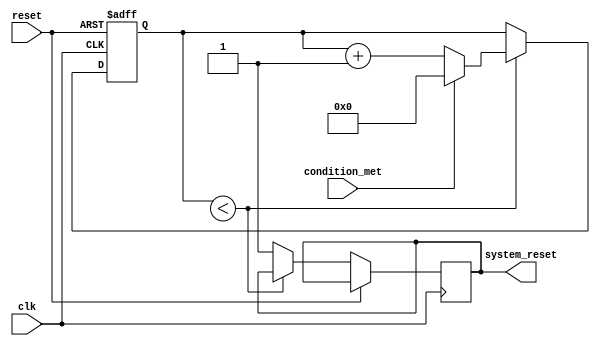
module Watchdog_Timer (
    input wire clk,
    input wire reset,
    input wire condition_met,
    output reg system_reset
);

reg [7:0] timeout_period;
reg [7:0] timer_count;

always @ (posedge clk or posedge reset) begin
    if (reset) begin
        timer_count <= 0;
    end else begin
        if (timer_count < timeout_period) begin
            if (condition_met) begin
                timer_count <= 0;
            end else begin
                timer_count <= timer_count + 1;
            end
        end else begin
            system_reset <= 1;
        end
    end
end

endmodule